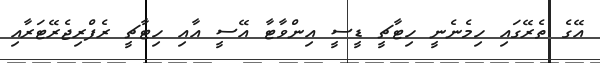
އޭގެ ތެރޭގައި ހިމެނެނީ ހިޓާޗީ ޑީސީ އިންވާޓާ އޭސީ އާއި ހިޓާޗީ ރެފްރިޖެރޭޓަރާއި